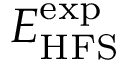
E _ { \mathrm { H F S } } ^ { \mathrm { e x p } }